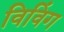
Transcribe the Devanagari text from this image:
विविंग